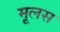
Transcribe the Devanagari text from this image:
मूलस